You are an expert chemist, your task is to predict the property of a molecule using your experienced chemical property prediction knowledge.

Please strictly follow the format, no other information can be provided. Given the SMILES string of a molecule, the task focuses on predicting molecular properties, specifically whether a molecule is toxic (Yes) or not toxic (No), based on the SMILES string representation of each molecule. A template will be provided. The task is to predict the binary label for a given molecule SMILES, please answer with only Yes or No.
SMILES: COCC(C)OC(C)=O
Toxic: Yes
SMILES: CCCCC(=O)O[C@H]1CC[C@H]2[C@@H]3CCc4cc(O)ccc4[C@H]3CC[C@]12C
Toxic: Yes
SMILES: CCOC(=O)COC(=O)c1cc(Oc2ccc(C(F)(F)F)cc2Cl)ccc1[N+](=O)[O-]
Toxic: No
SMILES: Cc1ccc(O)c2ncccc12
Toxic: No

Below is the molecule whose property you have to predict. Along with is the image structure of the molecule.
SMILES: O=C1CCCc2ccccc21
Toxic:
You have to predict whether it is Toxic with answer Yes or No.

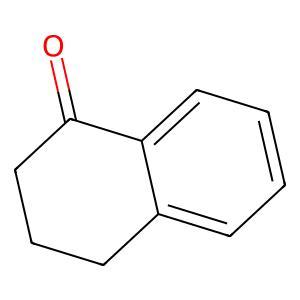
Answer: No